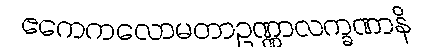
ဧကေကလောမတာဥဏ္ဏာလက္ခဏာနိ